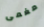
مغمى